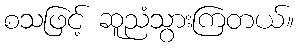
စသဖြင့် ဆူညံသွားကြတယ်။